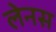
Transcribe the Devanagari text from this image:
लेनस